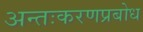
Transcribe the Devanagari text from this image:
अन्तःकरणप्रबोध